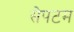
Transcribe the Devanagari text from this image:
सेपटम